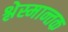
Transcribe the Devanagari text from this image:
श्लेस्मान्तक